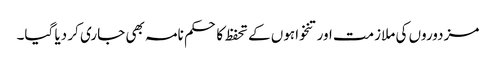
مزدوروں کی ملازمت اور تنخواہوں کے تحفظ کا حکم نامہ بھی جاری کر دیا گیا۔